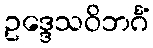
ဥဒ္ဒေသဝိဘင်္ဂံ